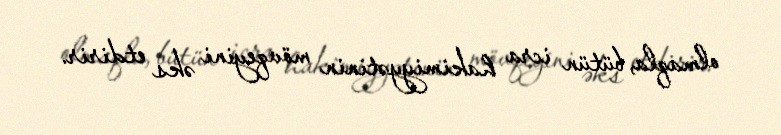
olmaqla, bütün icra hakimiyyətinin mövqeyini əks etdirir.